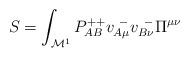
LaTeX: \begin{align*}S = \int_{{\cal M}^1} P^{++}_{AB} v^{~-}_{A\mu } v^{~-}_{B\nu} \Pi^{\mu\nu}\end{align*}